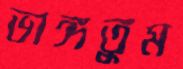
ভাঙ্গতুম